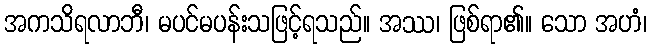
အကသိရလာဘီ၊ မပင်မပန်းသဖြင့်ရသည်။ အဿ၊ ဖြစ်ရာ၏။ သော အဟံ၊